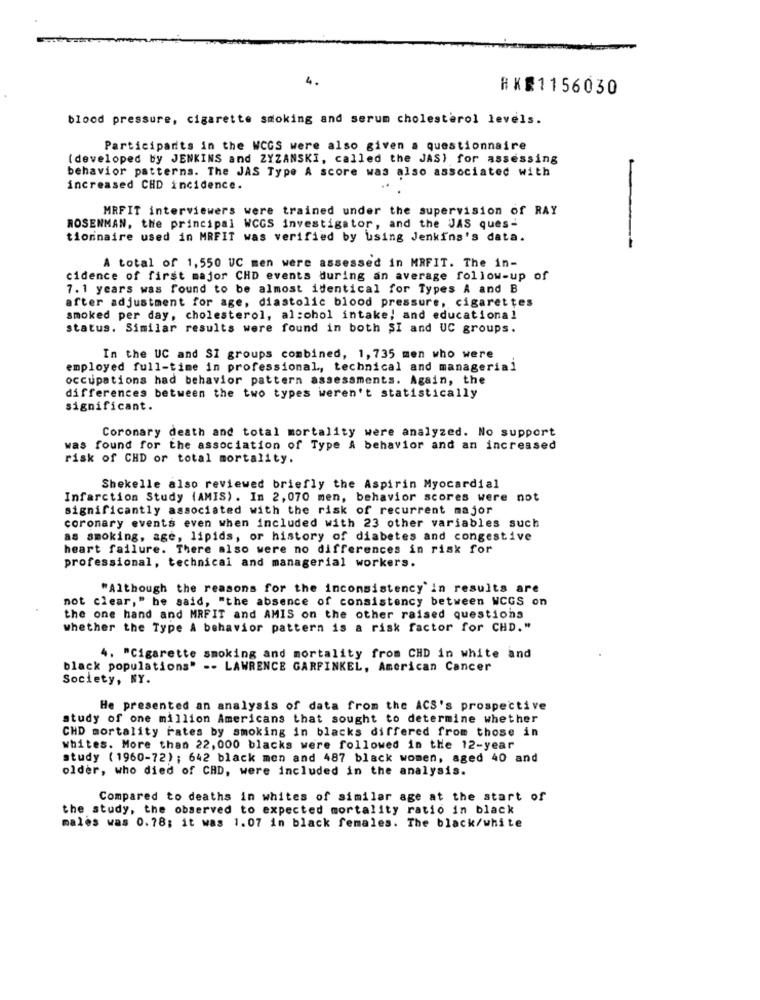
4.
HKR1156030
blood pressure, cigarette smoking and serum cholesterol levels.
Participants in the WCGS were also given a questionnaire
( developed by JENKINS and ZYZANSKI, called the JAS) for assessing
behavior patterns. The JAS Type A score was also associated with
increased CHD incidence.
MRFIT interviewers were trained under the supervision of RAY
ROSENMAN, the principal WCGS investigator, and the JAS ques-
-
tionnaire used in MRFIT was verified by using Jenkins's data.
A total of 1,550 UC men were assessed in MRFIT. The in-
cidence of first major CHD events during an average follow-up of
7.1 years was found to be almost identical for Types A and B
after adjustment for age, diastolic blood pressure, cigarettes
smoked per day, cholesterol, alcohol intake, and educational
status. Similar results were found in both SI and UC groups.
In the UC and SI groups combined, 1, 735 men who were
employed full-time in professional, technical and managerial
occupations had behavior pattern assessments. Again, the
differences between the two types weren't statistically
significant.
Coronary death and total mortality were analyzed. No support
was found for the association of Type A behavior and an increased
risk of CHD or total mortality.
Shekelle also reviewed briefly the Aspirin Myocardial
Infarction Study (AMIS) . In 2, 070 men, behavior scores were not
significantly associated with the risk of recurrent major
coronary events even when included with 23 other variables such
as smoking, age, lipids, or history of diabetes and congestive
heart failure. There also were no differences in risk for
professional, technical and managerial workers.
"Although the reasons for the inconsistency'in results are
not clear," he said, "the absence of consistency between WCGS on
the one hand and MRFIT and AMIS on the other raised questions
whether the Type A behavior pattern is a risk factor for CHD."
4. "Cigarette smoking and mortality from CHD in white and
black populations" -- LAWRENCE GARFINKEL, American Cancer
Society, NY.
He presented an analysis of data from the ACS's prospective
study of one million Americans that sought to determine whether
CHD mortality rates by smoking in blacks differed from those in
whites. More than 22, 000 blacks were followed in the 12-year
study (1960-72) ; 642 black men and 487 black women, aged 40 and
older, who died of CHD, were included in the analysis.
Compared to deaths in whites of similar age at the start of
the study, the observed to expected mortality ratio in black
males was 0.78; it was 1.07 in black females. The black/white